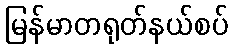
မြန်မာတရုတ်နယ်စပ်